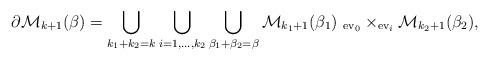
LaTeX: \begin{align*}\partial {\mathcal M}_{k+1}(\beta)=\bigcup_{k_1+k_2=k}\bigcup_{i=1,\dots,k_2} \bigcup_{\beta_1+\beta_2=\beta}{\mathcal M}_{k_1+1}(\beta_1) \,\, {}_{{\rm ev}_0}\times_{{\rm ev}_i}{\mathcal M}_{k_2+1}(\beta_2),\end{align*}